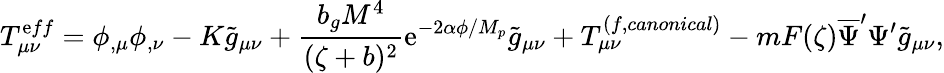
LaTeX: T_{\mu\nu}^{\mathrm{e}ff}=\phi_{,\mu}\phi_{,\nu}-K\tilde{{g}}_{\mu\nu}+\frac{{b_{g}M^{4}}}{{(\zeta+b)^{2}}}\mathrm{e}^{-2\alpha\phi/M_{p}}\tilde{{g}}_{\mu\nu}+T_{\mu\nu}^{(f,canonical)}-mF(\zeta)\overline{{{{\Psi}}}}^{\prime}\Psi^{\prime}\tilde{{g}}_{\mu\nu},